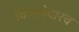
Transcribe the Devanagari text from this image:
किल्लेदारच